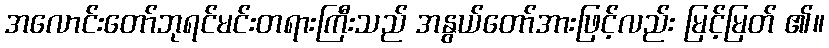
အလောင်းတော်ဘုရင်မင်းတရားကြီးသည် အနွယ်တော်အားဖြင့်လည်း မြင့်မြတ် ၏။